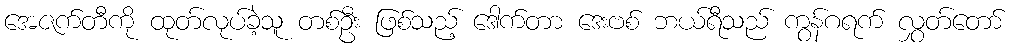
အေဇက်တီကို ထုတ်လုပ်ခဲ့သူ တစ်ဦး ဖြစ်သည့် ဒေါက်တာ ဒေးဗစ် ဘယ်ရီသည် ကွန်ဂရက် လွှတ်တော်